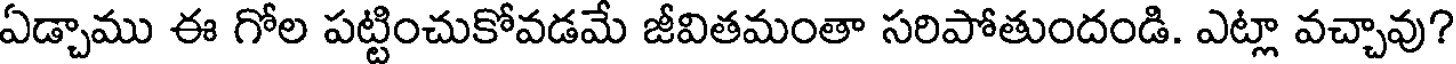
ఏడ్చాము ఈ గోల పట్టించుకోవడమే జీవితమంతా సరిపోతుందండి. ఎట్లా వచ్చావు?